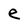
Character: e